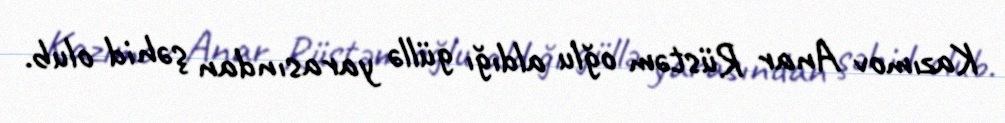
Kazımov Anar Rüstəm oğlu aldığı güllə yarasından şəhid olub.